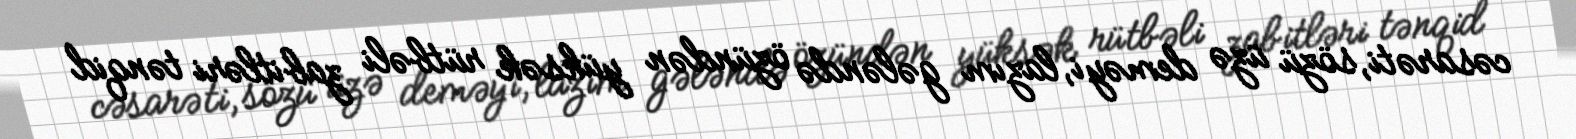
cəsarəti, sözü üzə deməyi, lazım gələndə özündən yüksək rütbəli zabitləri tənqid